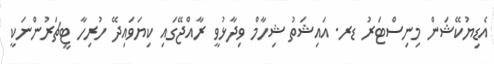
އެޑިޔުކޭޝަން މިނިސްޓަރު ޑރ. އައިޝަތު ޝިހާމް ވިދާޅުވީ ރާއްޖޭގައި ކިޔަވައިދޭ ހުރިހާ ޓީޗަރުންނަކީ